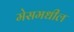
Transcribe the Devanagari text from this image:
मेसमधील